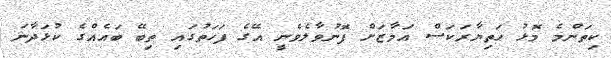
ކިތަންމެ މޮޅު ހަތިޔާރަކަސް އަމާޒަށް ފޮނުވާލެވެނީ އޭގެ ފަހަތުގައި ތިބޭ ބައެއްގެ ކުޅަދާނަ